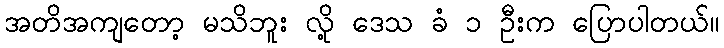
အတိအကျတော့ မသိဘူး လို့ ဒေသ ခံ ၁ ဦးက ပြောပါတယ်။